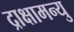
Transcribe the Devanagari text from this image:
द्राक्षामन्यु